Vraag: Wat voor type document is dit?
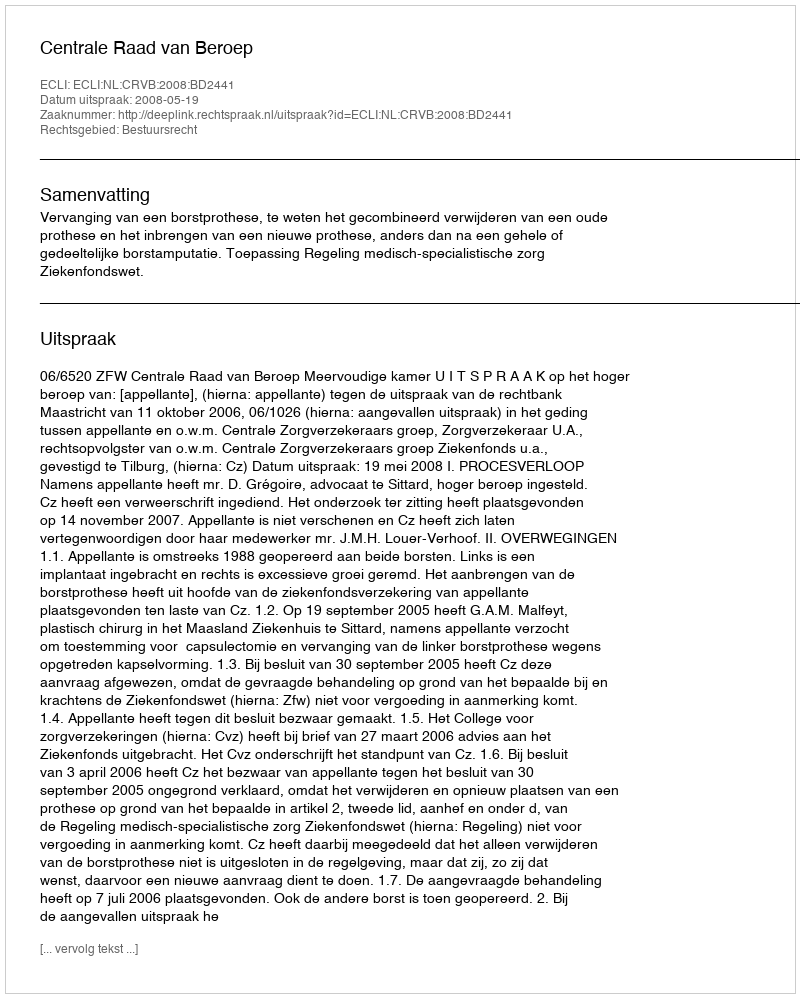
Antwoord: Uitspraak